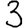
Digit: 3